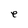
Character: e